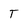
Character: F